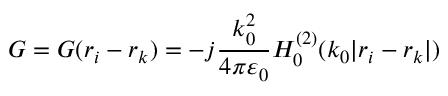
{ G } = { G } ( { r } _ { i } - { r } _ { k } ) = - j \frac { k _ { 0 } ^ { 2 } } { 4 \pi \varepsilon _ { 0 } } H _ { 0 } ^ { ( 2 ) } ( k _ { 0 } | { r } _ { i } - { r } _ { k } | )